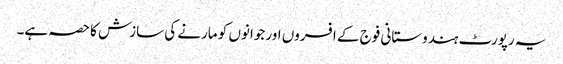
یہ رپورٹ ہندوستانی فوج کے افسروں اور جوانوں کو مارنے کی سازش کا حصہ ہے۔